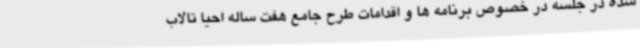
شده در جلسه در خصوص برنامه ها و اقدامات طرح جامع هفت ساله احیا تالاب